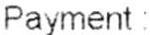
PAYMENT :